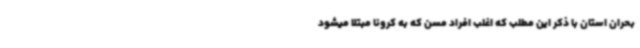
بحران استان با ذکر این مطلب که اغلب افراد مسن که به کرونا مبتلا میشود